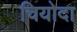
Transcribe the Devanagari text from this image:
चियोदा